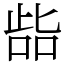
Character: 啙